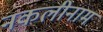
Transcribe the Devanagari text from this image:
नकलीनाम